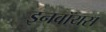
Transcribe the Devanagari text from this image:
इनवॉयस